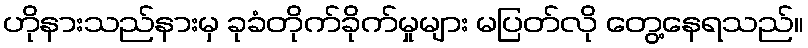
ဟိုနားသည်နားမှ ခုခံတိုက်ခိုက်မှုများ မပြတ်လို တွေ့နေရသည်။